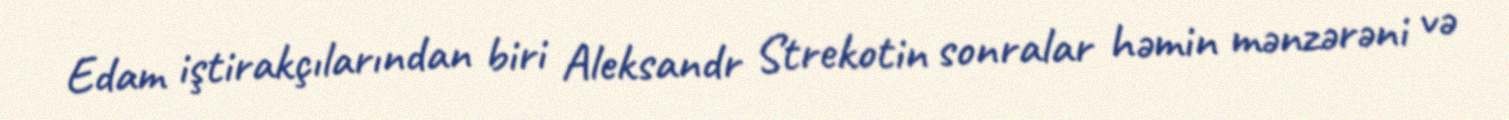
Edam iştirakçılarından biri Aleksandr Strekotin sonralar həmin mənzərəni və